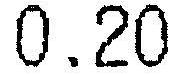
0.20